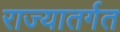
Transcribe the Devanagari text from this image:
राज्यातर्गत